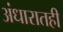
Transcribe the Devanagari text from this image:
अंधारातही